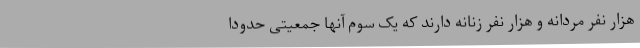
هزار نفر مردانه و هزار نفر زنانه دارند که یک سوم آنها جمعیتی حدودا